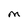
Character: M